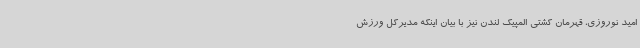
امید نوروزی، قهرمان کشتی المپیک لندن نیز با بیان اینکه مدیرکل ورزش